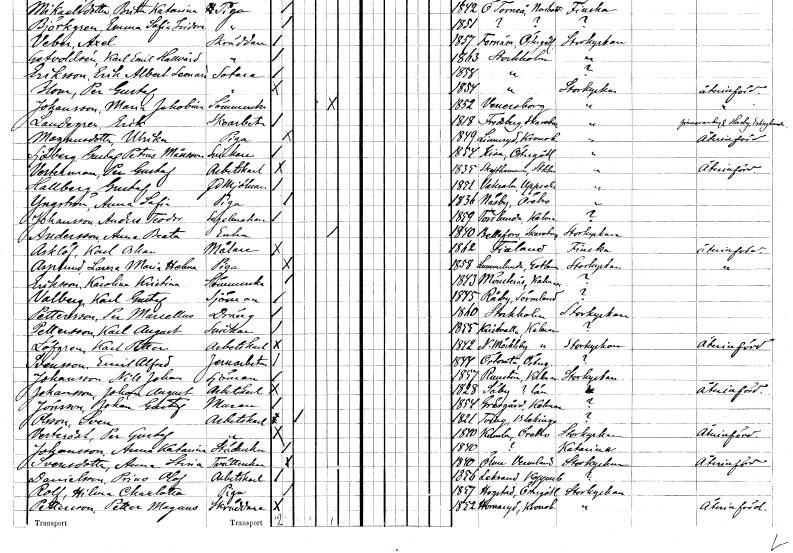
gt_parse: households: individuals: FN: Ulrika
EN: Magnusdotter
YRKE: Piga
KON: K
CIV: O
FODAR: 1849
FODFORS: Linneryd Kronobergs län
FN: Gustaf Petrus
EN: Sjöberg Månsson
YRKE: Snickare
KON: M
CIV: O
FODAR: 1854
FODFORS: Kisa Östergötlands län
FN: Per Gustaf
EN: Vesterman
YRKE: Arbetskarl
KON: M
CIV: O
FODAR: 1835
FODFORS: Skäfthammar Uppsala län
FN: Gustaf
EN: Hallberg
YRKE: Mjölnare f.d.
KON: M
CIV: O
FODAR: 1851
FODFORS: Vaksala Uppsala län
FN: Anna Sofia
EN: Yngström
YRKE: Piga
KON: K
CIV: O
FODAR: 1836
FODFORS: Näsby Örebro län
FN: Anders Teodor
EN: Johansson
YRKE: Segelmakare
KON: M
CIV: O
FODAR: 1859
FODFORS: Torslunda Kalmar län
FN: Anna Beata
EN: Andersson
YRKE: Änka
KON: K
CIV: E
FODAR: 1840
FODFORS: Bällefors Skaraborgs län
FN: Karl Oskar
EN: Asklöf
YRKE: Målare
KON: M
CIV: O
FODAR: 1862
FN: Laura Maria Helena
EN: Asplund
YRKE: Piga
KON: K
CIV: O
FODAR: 1858
FODFORS: Lummelunda Gotlands län
FN: Karolina Kristina
EN: Eriksson
YRKE: Sömmerska
KON: K
CIV: O
FODAR: 1843
FODFORS: Mönsterås Kalmar län
FN: Karl Gustaf
EN: Valberg
YRKE: Sjöman
KON: M
CIV: O
FODAR: 1845
FODFORS: Råby Södermanlands län
FN: Per Mariettus
EN: Pettersson
YRKE: Dräng
KON: M
CIV: O
FODAR: 1860
FODFORS: Stockholm
FN: Karl August
EN: Pettersson
YRKE: Snickare
KON: M
CIV: O
FODAR: 1855
FODFORS: Kristvalla Kalmar län
FN: Karl Petter
EN: Löfgren
YRKE: Arbetskarl
KON: M
CIV: O
FODAR: 1842
FODFORS: Norra Möckleby Kalmar län
FN: Emil Alfred
EN: Svensson
YRKE: Järnarbetare
KON: M
CIV: O
FODAR: 1844
FODFORS: Örtomta Östergötlands län
FN: Nils Johan
EN: Johansson
YRKE: Sjöman
KON: M
CIV: O
FODAR: 1857
FODFORS: Runtuna Södermanlands län
FN: Johan August
EN: Johansson
YRKE: Arbetskarl
KON: M
CIV: O
FODAR: 1828
FN: Johan Gustaf
EN: Jönsson
YRKE: Murare
KON: M
CIV: O
FODAR: 1854
FODFORS: Gräsgård Kalmar län
FN: Sven
EN: Olsson
YRKE: Arbetskarl
KON: M
CIV: G
FODAR: 1821
FODFORS: Tving Blekinge län
FN: Per Gustaf
EN: Vesterdal
YRKE: Arbetskarl
KON: M
CIV: O
FODAR: 1840
FODFORS: Kumla Örebro län
FN: Anna Katarina
EN: Johansson
YRKE: Städerska
KON: K
CIV: O
FODAR: 1840
FN: Anna Stina
EN: Svensdotter
YRKE: Tvätterska
KON: K
CIV: O
FODAR: 1840
FODFORS: Ölme Värmlands län
FN: Prins Olof
EN: Danielsson
YRKE: Arbetskarl
KON: M
CIV: O
FODAR: 1856
FODFORS: Leksand Kopparbergs län
FN: Hilma Charlotta
EN: Rolf
YRKE: Piga
KON: K
CIV: O
FODAR: 1857
FODFORS: Hogstad Östergötlands län
FN: Petter Magnus
EN: Pettersson
YRKE: Skräddare
KON: M
CIV: O
FODAR: 1852
FODFORS: Hinneryd Kronobergs län